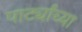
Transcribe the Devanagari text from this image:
पार्ट्यांच्या